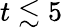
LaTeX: t\lesssim 5